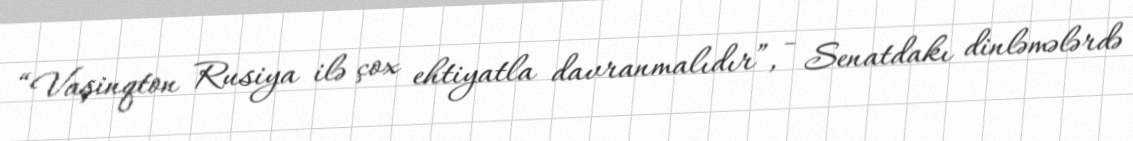
“Vaşinqton Rusiya ilə çox ehtiyatla davranmalıdır”, - Senatdakı dinləmələrdə